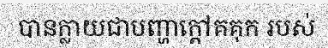
បានក្លាយជាបញ្ហាក្តៅគគុក របស់